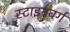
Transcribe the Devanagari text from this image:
स्टाइनबर्ग